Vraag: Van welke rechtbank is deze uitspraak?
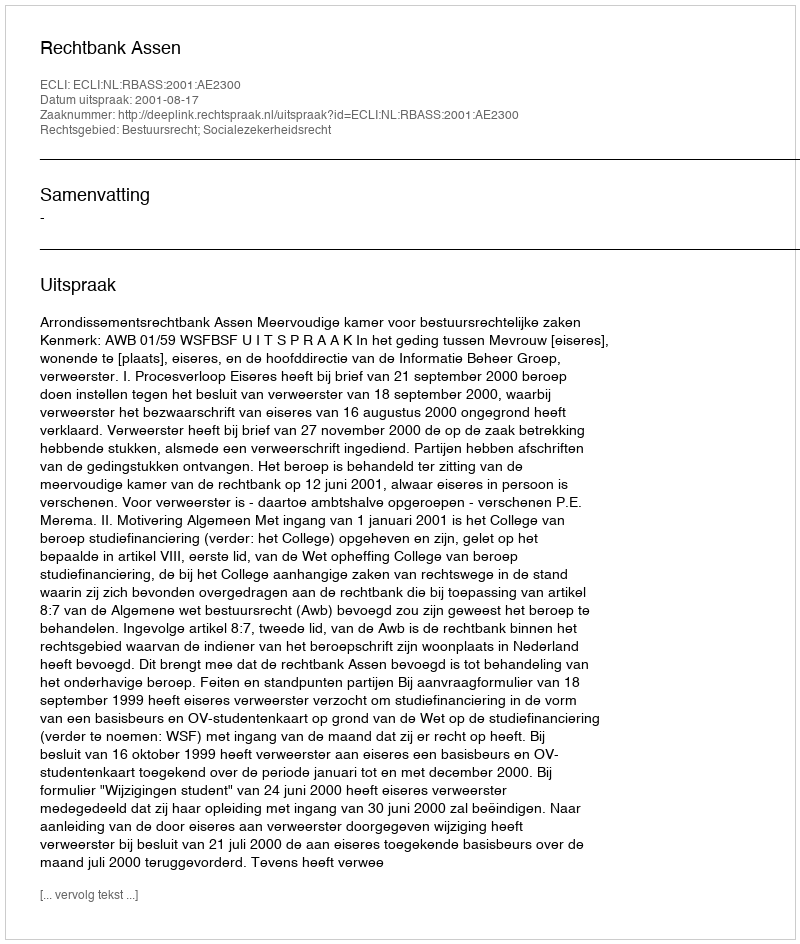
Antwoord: Rechtbank Assen